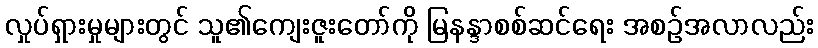
လှုပ်ရှားမှုများတွင် သူ၏ကျေးဇူးတော်ကို မြနန္ဒာစစ်ဆင်ရေး အစဉ်အလာလည်း